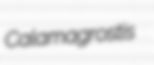
Calamagrostis